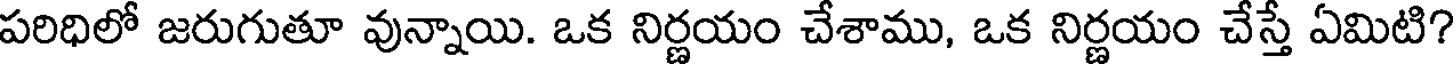
పరిధిలో జరుగుతూ వున్నాయి. ఒక నిర్ణయం చేశాము, ఒక నిర్ణయం చేస్తే ఏమిటి?